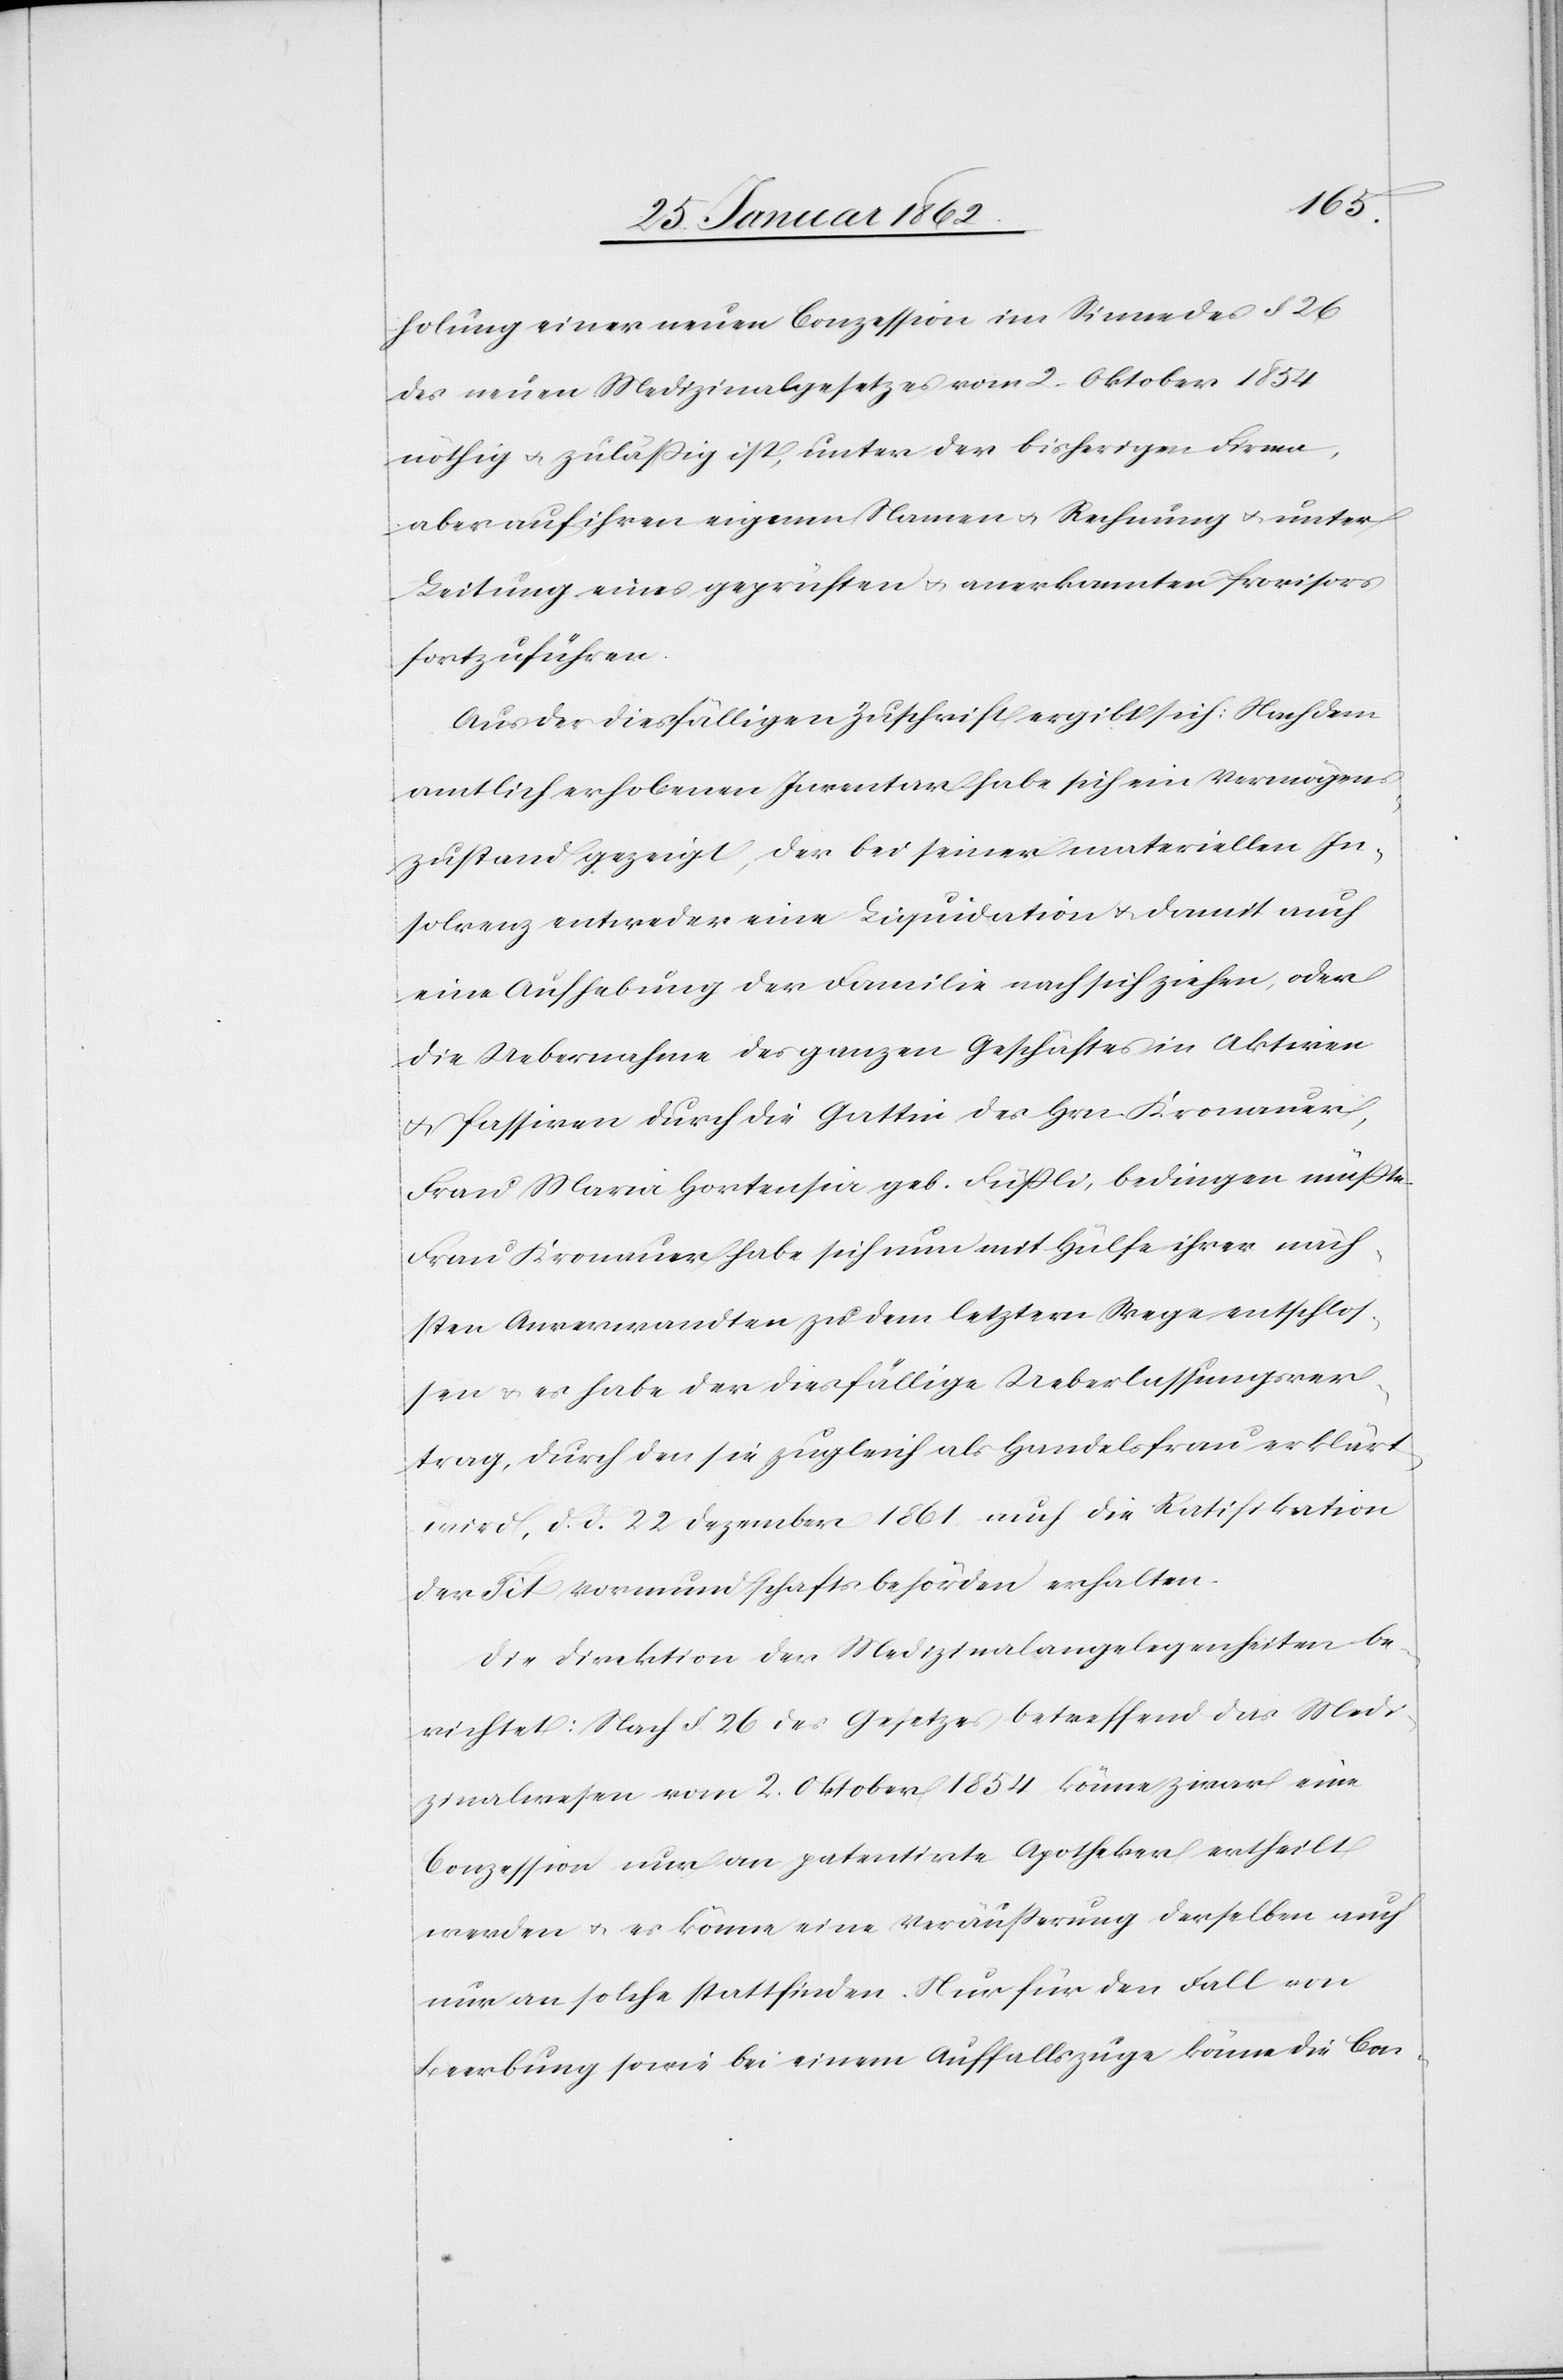
holung einer neuen Conzession im Sinne des § 26
des neuen Medizinalgesetzes vom 2. Oktober 1854
nöthig u. zuläßig ist, unter der bisherigen Firma,
aber auf ihren eigenen Namen u. Rechnung u. unter
Leitung eines geprüften u. anerkannten Provisors
fortzuführen.
Aus der diesfälligen Zuschrift ergibt sich: Nach dem
amtlich erhobenen Inventar habe sich ein Vermögens¬
zustand gezeigt, der bei seiner materiellen In¬
solvenz entweder eine Liquidation u. damit auch
eine Aufhebung der Familie nach sich ziehen, oder
die Uebernahme des ganzen Geschäftes in Aktiven
u. Passiven durch die Gattin des Hrn Kronauer,
Frau Maria Hortensia geb. Füßli, bedingen müßte.
Frau Kronauer habe sich nun mit Hülfe ihrer näch¬
sten Anverwandten zu dem letztern Wege entschlos¬
sen u. es habe der diesfällige Ueberlassungsver¬
trag, durch den sie zugleich als Handelsfrau erklärt
wird, d. d. 22 Dezember 1861 auch die Ratifikation
der Tit Vormundschaftsbehörden erhalten.
Die Direktion der Medizinalangelegenheiten be¬
richtet: Nach § 26 des Gesetzes betreffend das Medi¬
zinalwesen vom 2. Oktober 1854 könne zwar eine
Conzession nur an patentirte Apotheker ertheilt
werden u. es könne eine Veräußerung derselben auch
nur an solche stattfinden. Nur für den Fall von
Beerbung sowie bei einem Auffallszuge könne die Con-